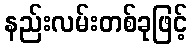
နည်းလမ်းတစ်ခုဖြင့်